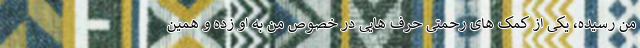
من رسیده، یکی از کمک های رحمتی حرف هایی در خصوص من به او زده و همین